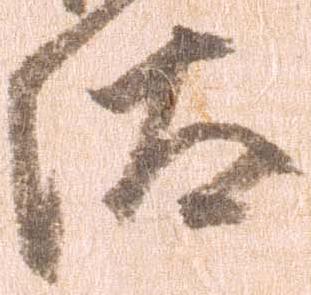
汰